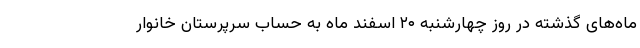
ماه‌های گذشته در روز چهارشنبه ۲۰ اسفند ماه به حساب سرپرستان خانوار